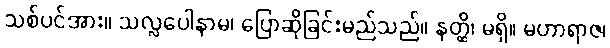
သစ်ပင်အား။ သလ္လပေါနာမ၊ ပြောဆိုခြင်းမည်သည်။ နတ္ထိ၊ မရှိ။ မဟာရာဇ၊